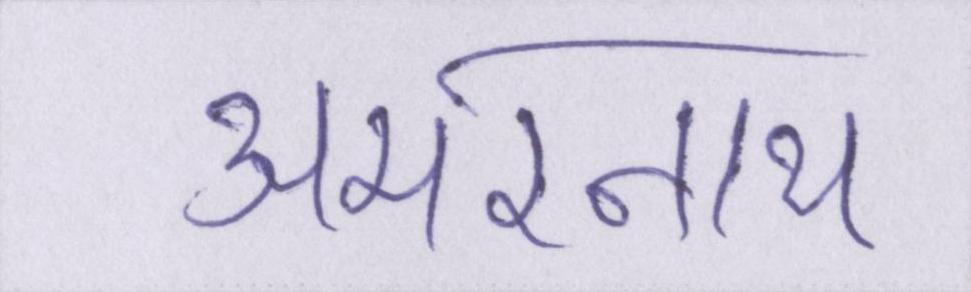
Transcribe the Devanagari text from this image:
अमरनाथ